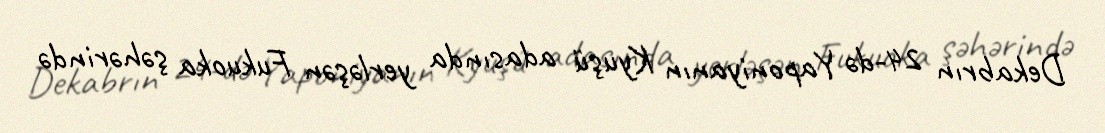
Dekabrın 24-də Yaponiyanın Kyuşü adasında yerləşən Fukuoka şəhərində